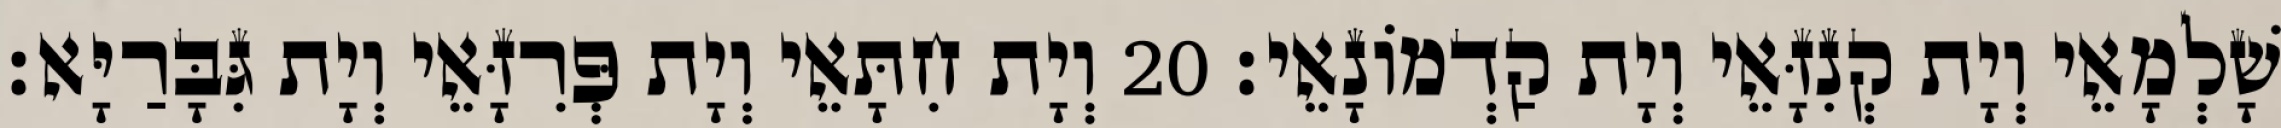
שָׁלְמָאֵי וְיָת קְנִזָּאֵי וְיָת קַדְמוֹנָאֵי׃ 20 וְיָת חִתָּאֵי וְיָת פְּרִזָּאֵי וְיָת גִּבָּרַיָּא׃